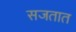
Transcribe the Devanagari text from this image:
सजतात